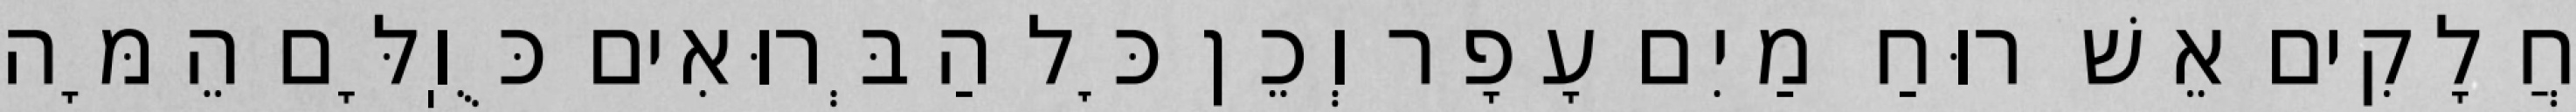
חֲלָקִים אֵשׁ רוּחַ מַיִם עָפָר וְכֵן כׇּל הַבְּרוּאִים כֻּוֽלָּם הֵמָּה